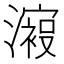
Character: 𣿟